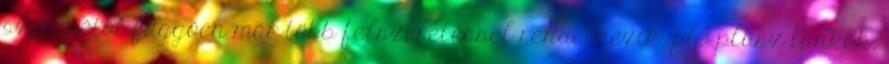
szerepétől függően már több felszereléssel rendelkezik. pl.: plusz tankok,